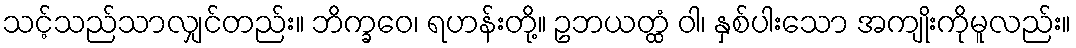
သင့်သည်သာလျှင်တည်း။ ဘိက္ခဝေ၊ ရဟန်းတို့။ ဥဘယတ္ထံ ဝါ၊ နှစ်ပါးသော အကျိုးကိုမူလည်း။